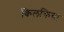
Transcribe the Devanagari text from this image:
किलकिया